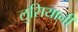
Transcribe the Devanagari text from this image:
लुसियानी